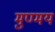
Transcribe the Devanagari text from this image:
मुण्मय